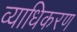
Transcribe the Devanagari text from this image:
व्याधिकरण